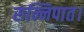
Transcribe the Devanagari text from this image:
सन्निपात।